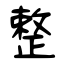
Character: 整